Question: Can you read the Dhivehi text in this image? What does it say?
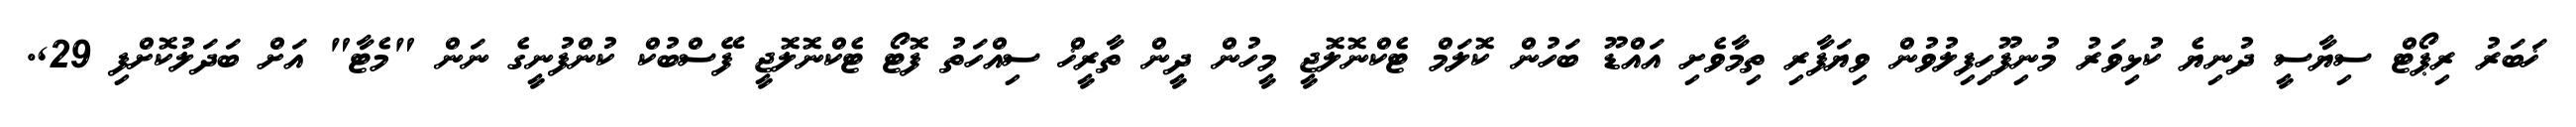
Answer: ޚަބަރު ރިޕޯޓް ސިޔާސީ ދުނިޔެ ކުޅިވަރު މުނިފޫހިފިލުވުން ވިޔަފާރި ތިމާވެށި އައްޑޫ ބަހުން ކޮލަމް ޓެކްނޮލޮޖީ މީހުން ދީން ތާރީޚް ސިއްހަތު ފޮޓޯ ޓެކްނޮލޮޖީ ފޭސްބުކް ކުންފުނީގެ ނަން "މެޓާ" އަށް ބަދަލުކޮށްފި 29,.